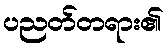
ပညတ်တရား၏